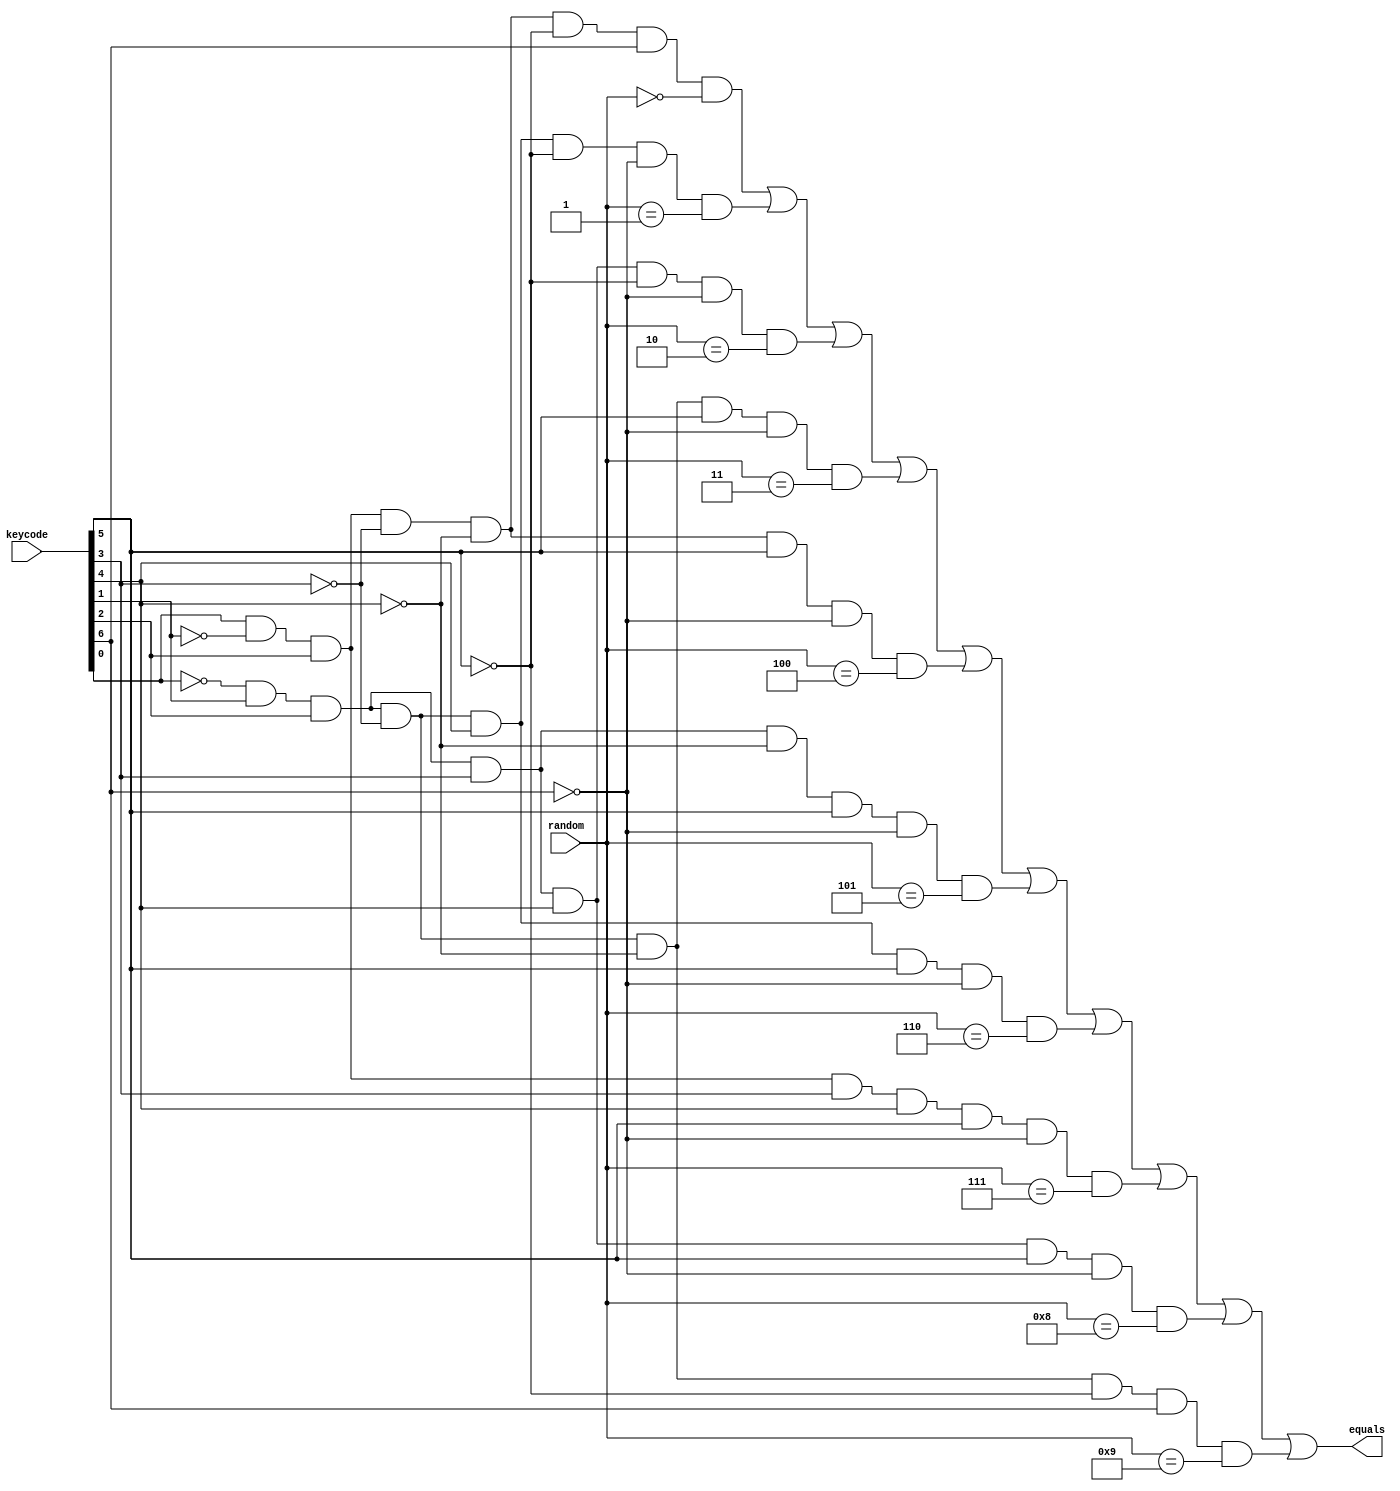
module comparator (
    output equals,
    input [15:0] keycode,
    input [3:0] random
    );

    wire zero = keycode[0] & ~keycode[1] & keycode[2] & ~keycode[3] & ~keycode[4] & ~keycode[5] & keycode[6];
    wire one = ~keycode[0] & keycode[1] & keycode[2] & ~keycode[3] & keycode[4] & ~keycode[5] & ~keycode[6];
    wire two = ~keycode[0] & keycode[1] & keycode[2] & keycode[3] & keycode[4] & ~keycode[5] & ~keycode[6];
    wire three = ~keycode[0] & keycode[1] & keycode[2] & ~keycode[3] & ~keycode[4] & keycode[5] & ~keycode[6];
    wire four = keycode[0] & ~keycode[1] & keycode[2] & ~keycode[3] & ~keycode[4] & keycode[5] & ~keycode[6];
    wire five = ~keycode[0] & keycode[1] & keycode[2] & keycode[3] & ~keycode[4] & keycode[5] & ~keycode[6];
    wire six = ~keycode[0] & keycode[1] & keycode[2] & ~keycode[3] & keycode[4] & keycode[5] & ~keycode[6];
    wire seven = keycode[0] & ~keycode[1] & keycode[2] & keycode[3] & keycode[4] & keycode[5] & ~keycode[6];
    wire eight = ~keycode[0] & keycode[1] & keycode[2] & keycode[3] & keycode[4] & keycode[5] & ~keycode[6];
    wire nine = ~keycode[0] & keycode[1] & keycode[2] & ~keycode[3] & ~keycode[4] & ~keycode[5] & keycode[6];

    assign equals = zero & (random == 4'b0) | one & (random == 4'b1) | two & (random == 4'b10) | three & (random == 4'b11) | four & (random == 4'b100) | five & (random == 4'b101) | six & (random == 4'b110) | seven & (random == 4'b111) | eight & (random == 4'b1000) | nine & (random == 4'b1001);

endmodule // comparator